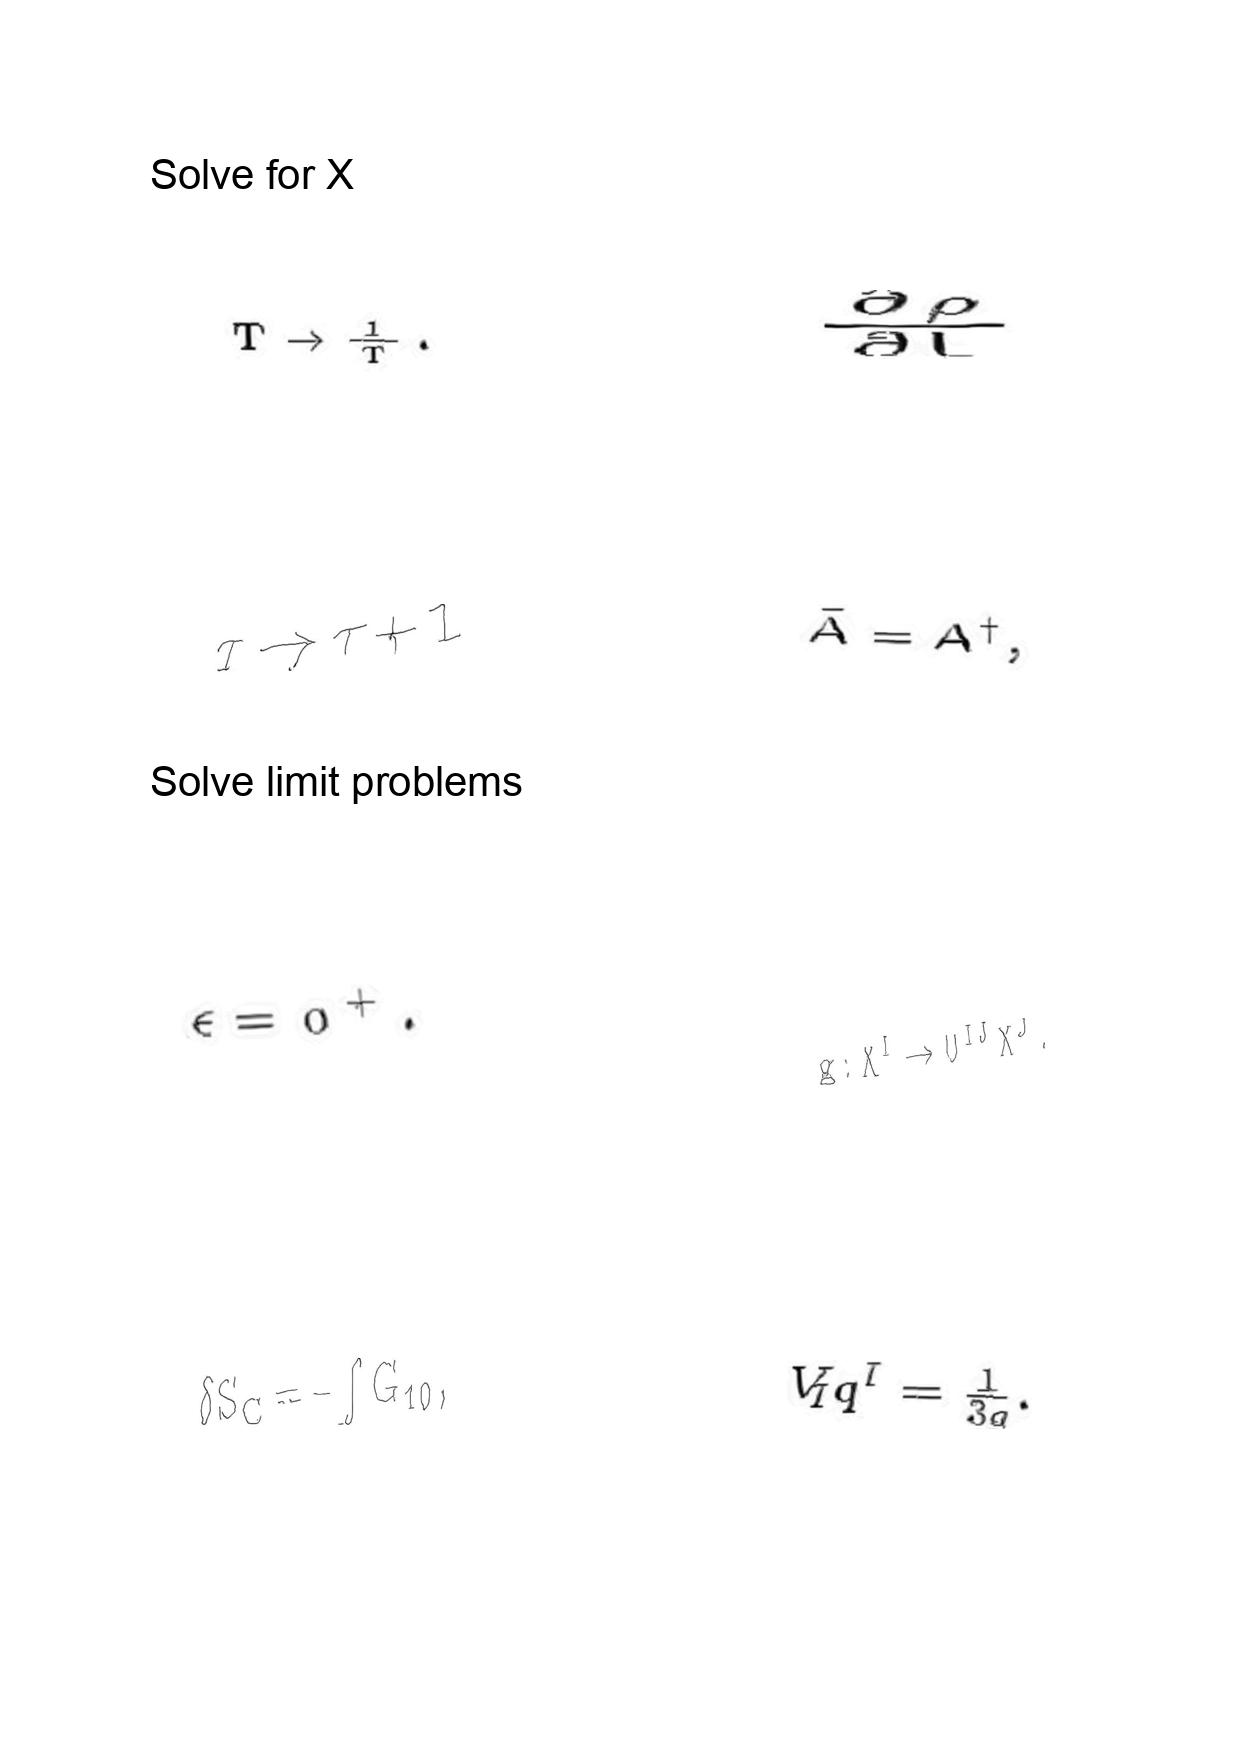
LaTeX transcription:
T \rightarrow \frac { 1 } { T } .
\tau \rightarrow \tau + 1
\epsilon = 0 ^ { + } .
\delta S _ { C } = - \int G _ { 1 0 } ,
\frac { \partial \rho } { \partial L }
\bar { A } = A ^ { \dagger } ,
g : X ^ { I } \rightarrow U ^ { I J } X ^ { J } .
V _ { I } q ^ { I } = \frac { 1 } { 3 g } .